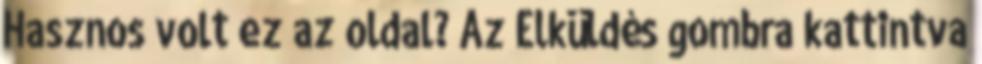
Hasznos volt ez az oldal? Az Elküldés gombra kattintva